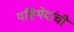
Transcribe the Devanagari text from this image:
यष्टिभेदांची